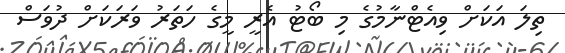
ތިލަ އަކަށް ވިއެޓްނާމުގެ މި ބޯޓު އެރީ މީގެ ހަތަރު ވަރަކަށް ދުވަސް